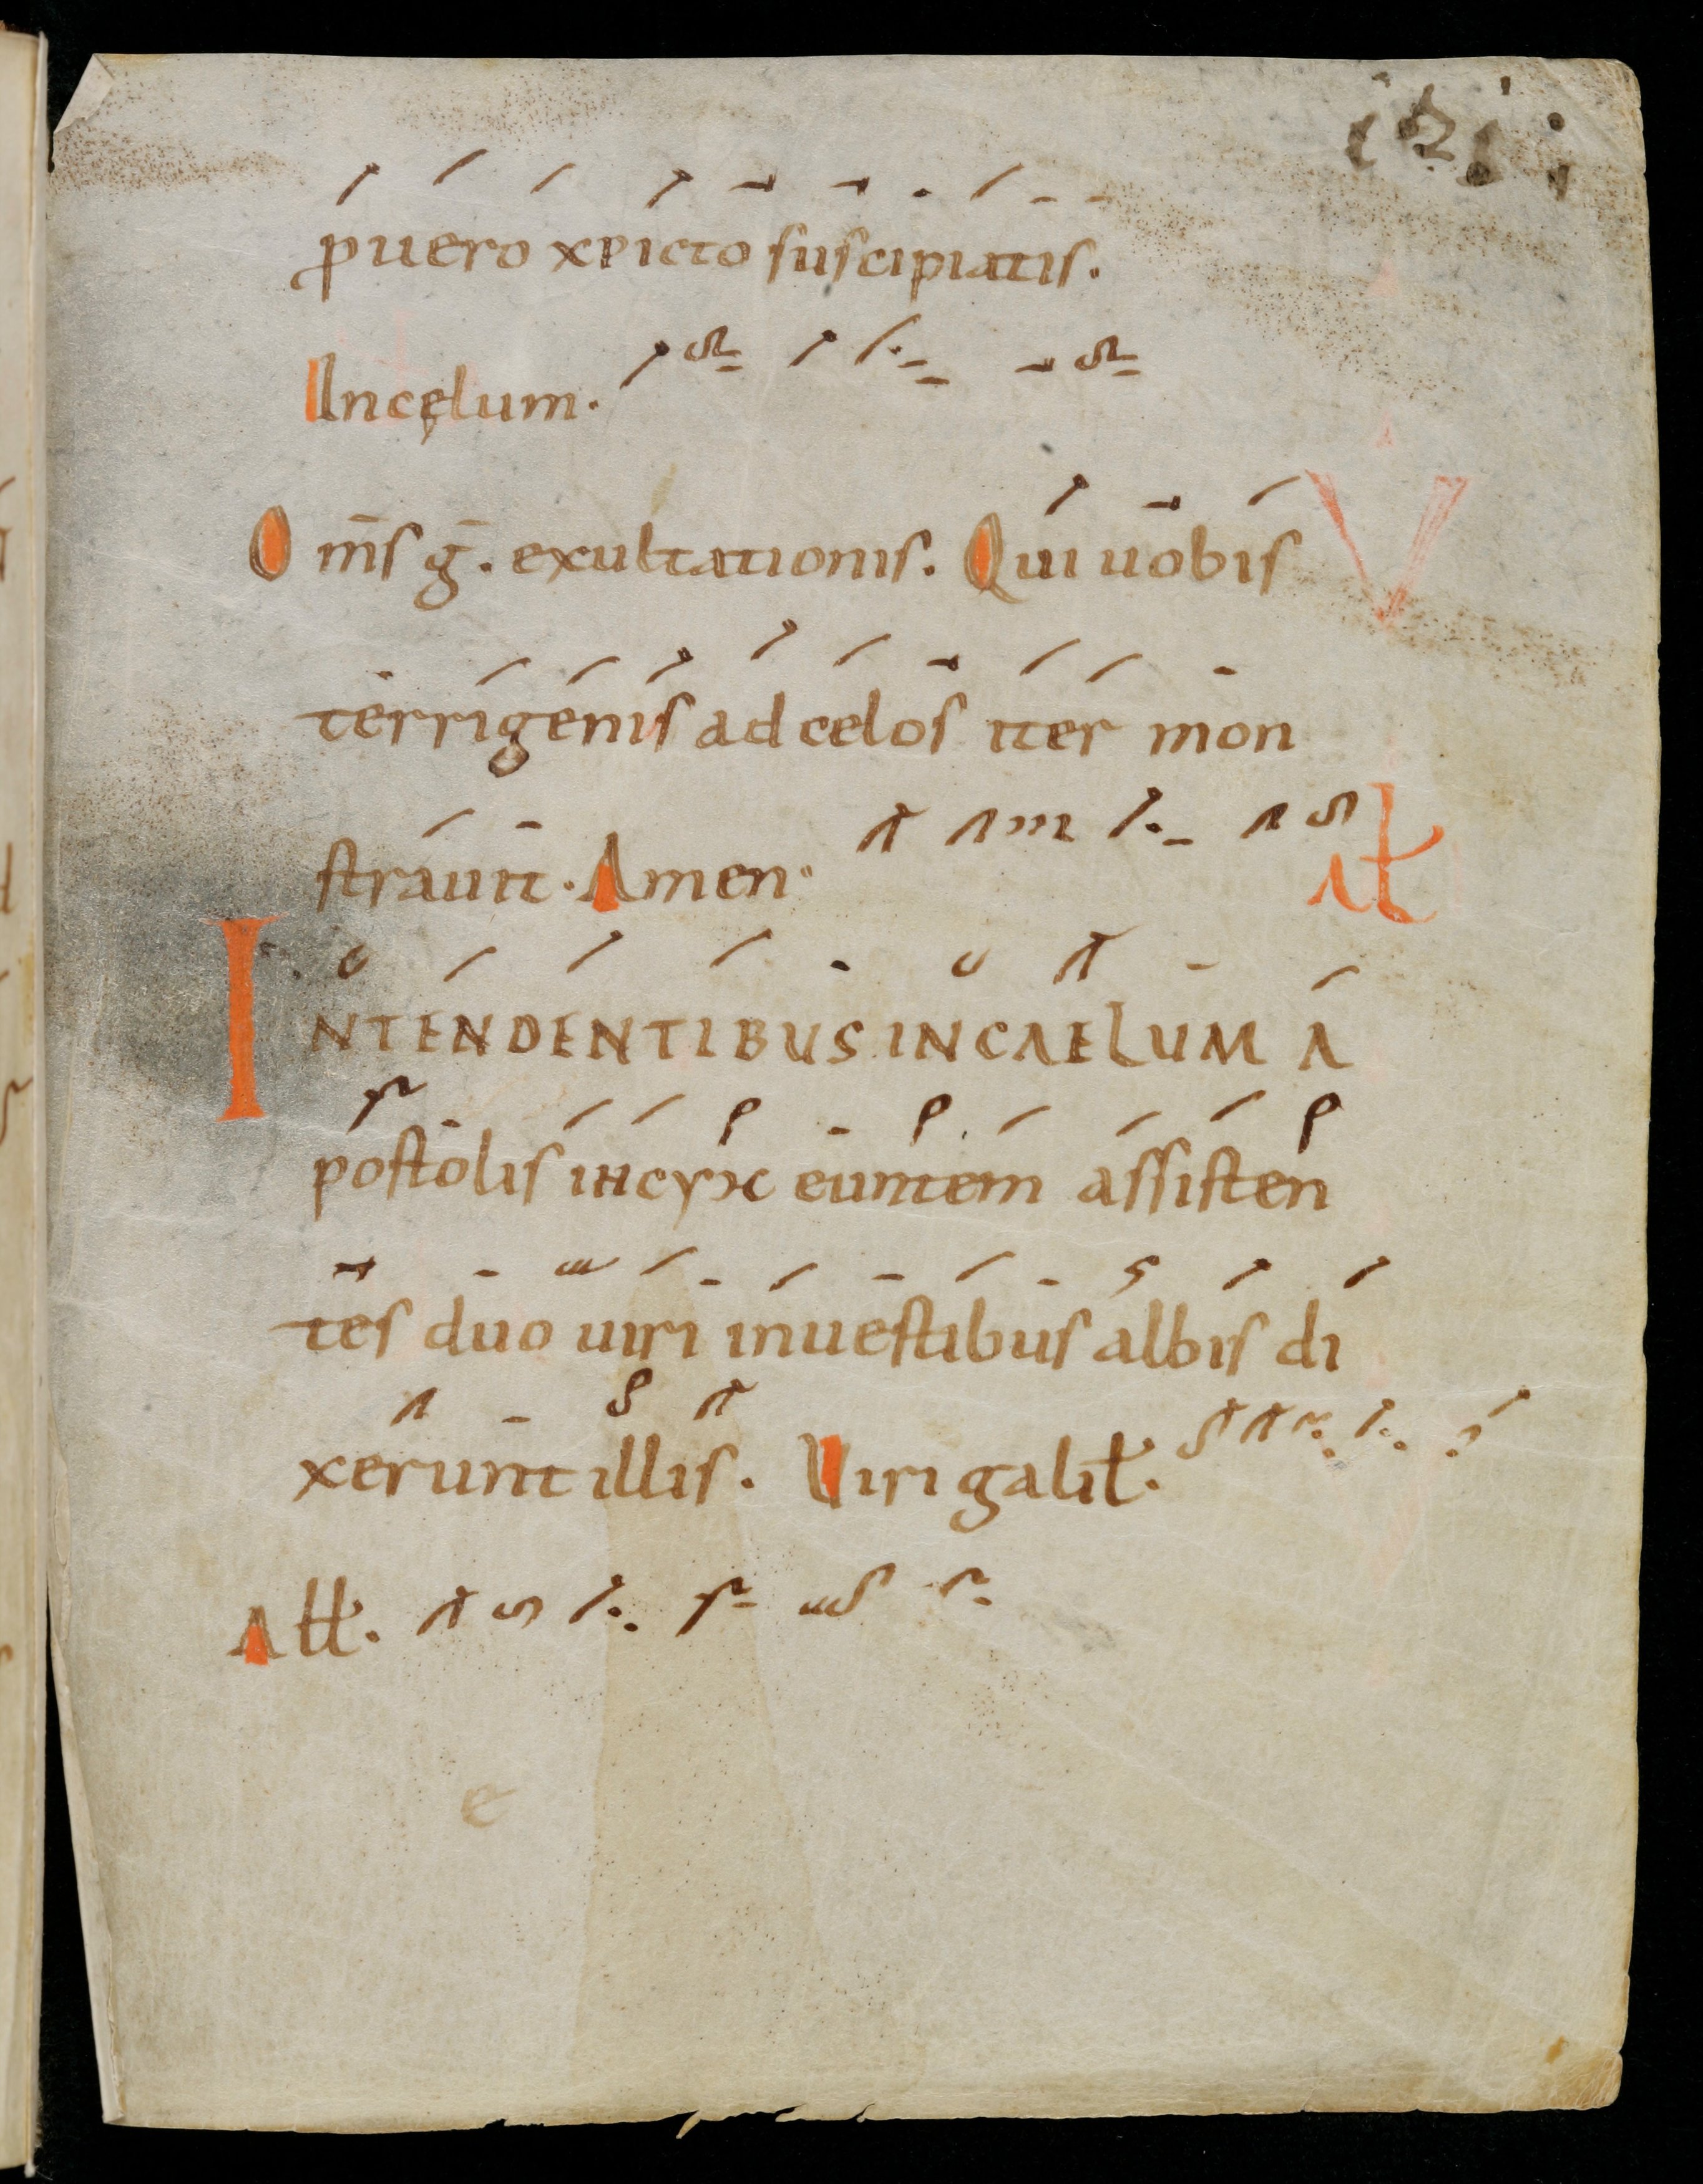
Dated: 900–999